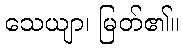
သေယျာ၊ မြတ်၏။